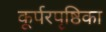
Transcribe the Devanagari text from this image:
कूर्परपृष्ठिका